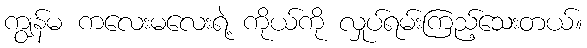
ကျွန်မ ကလေးမလေးရဲ့ ကိုယ်ကို လှုပ်ရမ်းကြည့်သေးတယ်။